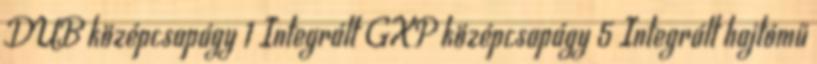
DUB középcsapágy 1 Integrált GXP középcsapágy 5 Integrált hajtómű